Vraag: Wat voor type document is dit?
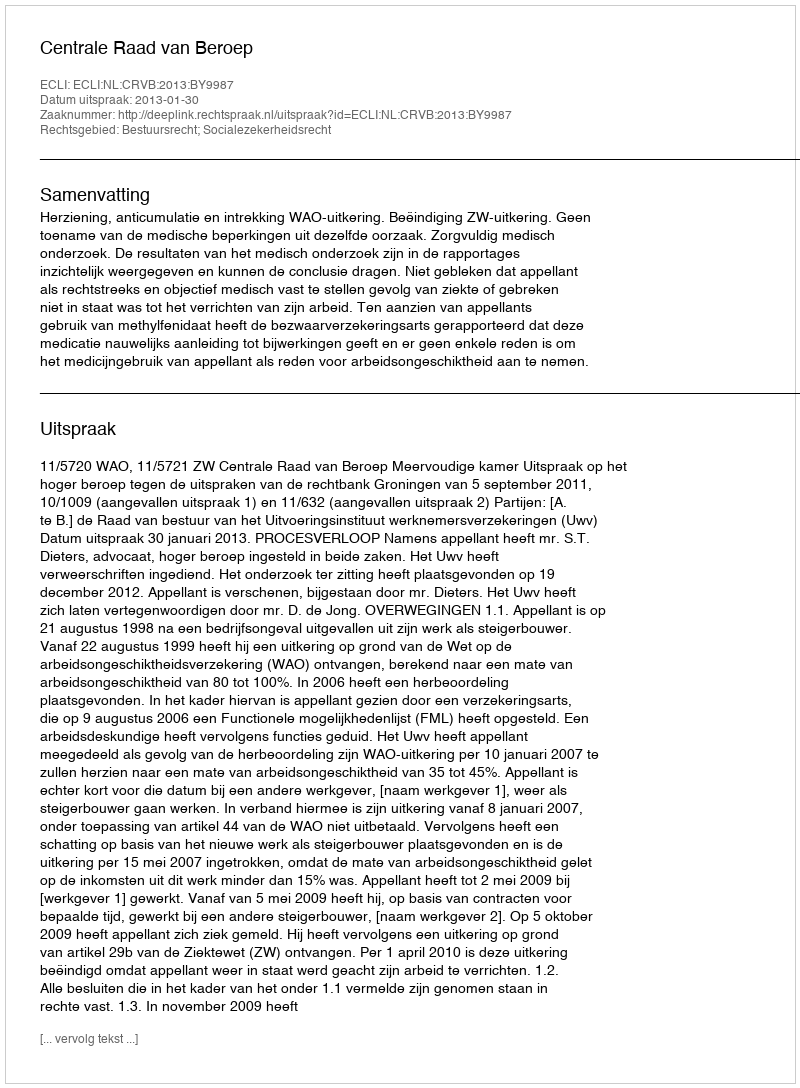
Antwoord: Uitspraak